Indian journal of veterinary science and animal husbandry - Volumes 15-17, 1948-1951
Year: 1948
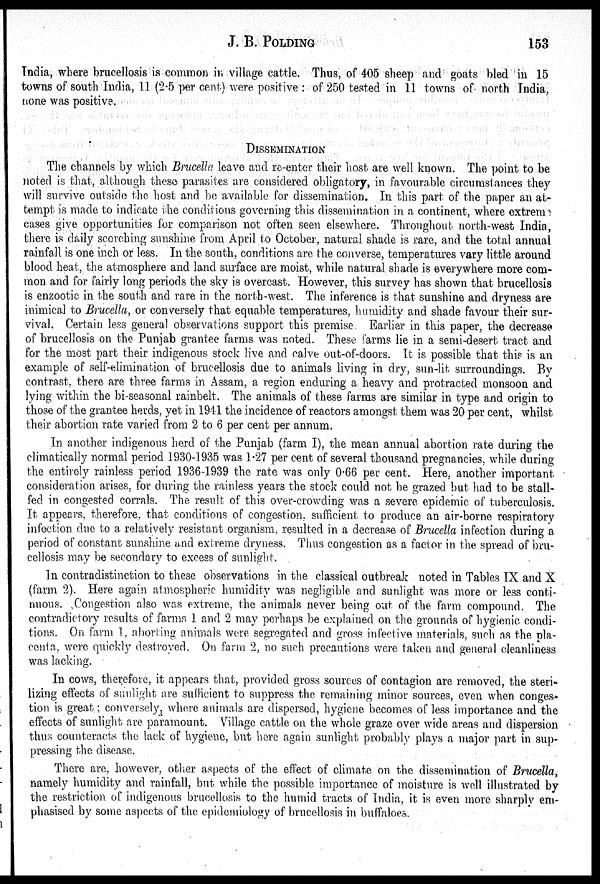
J. B. POLDING
153
India, where brucellosis is common in village cattle. Thus, of 405 sheep and goats bled in 15
towns of south India, 11 (2.5 per cent) were positive : of 250 tested in 11 towns of north India,
none was positive.
DISSEMINATION
The channels by which Brucella leave and re-enter their host are well known. The point to be
noted is that, although these parasites are considered obligatory, in favourable circumstances they
will survive outside the host and be available for dissemination. In this part of the paper an at-
tempt is made to indicate the conditions governing this dissemination in a continent, where extreme
cases give opportunities for comparison not often seen elsewhere. Throughout north-west India,
there is daily scorching sunshine from April to October, natural shade is rare, and the total annual
rainfall is one inch or less. In the south, conditions are the converse, temperatures vary little around
blood heat, the atmosphere and land surface are moist, while natural shade is everywhere more com-
mon and for fairly long periods the sky is overcast. However, this survey has shown that brucellosis
is enzootic in the south and rare in the north-west. The inference is that sunshine and dryness are
inimical to Brucella, or conversely that equable temperatures, humidity and shade favour their sur-
vival. Certain less general observations support this premise. Earlier in this paper, the decrease
of brucellosis on the Punjab grantee farms was noted. These farms lie in a semi-desert tract and
for the most part their indigenous stock live and calve out-of-doors. It is possible that this is an
example of self-elimination of brucellosis due to animals living in dry, sun-lit surroundings. By
contrast, there are three farms in Assam, a region enduring a heavy and protracted monsoon and
lying within the bi-seasonal rainbelt. The animals of these farms are similar in type and origin to
those of the grantee herds, yet in 1941 the incidence of reactors amongst them was 20 per cent, whilst
their abortion rate varied from 2 to 6 per cent per annum.
In another indigenous herd of the Punjab (farm I), the mean annual abortion rate during the
climatically normal period 1930-1935 was 1.27 per cent of several thousand pregnancies, while during
the entirely rainless period 1936-1939 the rate was only 0.66 per cent. Here, another important
consideration arises, for during the rainless years the stock could not be grazed but had to be stall-
fed in congested corrals. The result of this over-crowding was a severe epidemic of tuberculosis.
It appears, therefore, that conditions of congestion, sufficient to produce an air-borne respiratory
infection due to a relatively resistant organism, resulted in a decrease of Brucella infection during a
period of constant sunshine and extreme dryness. Thus congestion as a factor in the spread of bru-
cellosis may be secondary to excess of sunlight.
In contradistinction to these observations in the classical outbreak noted in Tables IX and X
(farm 2). Here again atmospheric humidity was negligible and sunlight was more or less conti-
nuous. Congestion also was extreme, the animals never being out of the farm compound. The
contradictory results of farms 1 and 2 may perhaps be explained on the grounds of hygienic condi-
tions. On farm 1, aborting animals were segregated and gross infective materials, such as the pla-
centa, were quickly destroyed. On farm 2, no such precautions were taken and general cleanliness
was lacking.
In cows, therefore, it appears that, provided gross sources of contagion are removed, the steri-
lizing effects of sunlight are sufficient to suppress the remaining minor sources, even when conges-
tion is great; conversely, where animals are dispersed, hygiene becomes of less importance and the
effects of sunlight are paramount. Village cattle on the whole graze over wide areas and dispersion
thus counteracts the lack of hygiene, but here again sunlight probably plays a major part in sup-
pressing the disease.
There are, however, other aspects of the effect of climate on the dissemination of Brucella,
namely humidity and rainfall, but while the possible importance of moisture is well illustrated by
the restriction of indigenous brucellosis to the humid tracts of India, it is even more sharply em-
phasised by some aspects of the epidemiology of brucellosis in buffaloes.